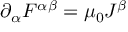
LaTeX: \partial _ { \alpha } F ^ { \alpha \beta } = \mu _ { 0 } J ^ { \beta }